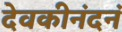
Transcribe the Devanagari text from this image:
देवकीनंदनं